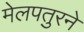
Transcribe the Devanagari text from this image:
मेलपतुरने